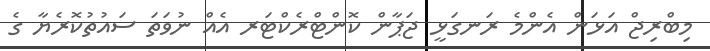
މިބްރިޖް އަޅަން އެންމެ ރަނގަޅީ ޖަޕާން ކޮންޓްރެކްޓަރ އެއް ނުވަތަ ސައުތުކޮރެޔާ ގެ